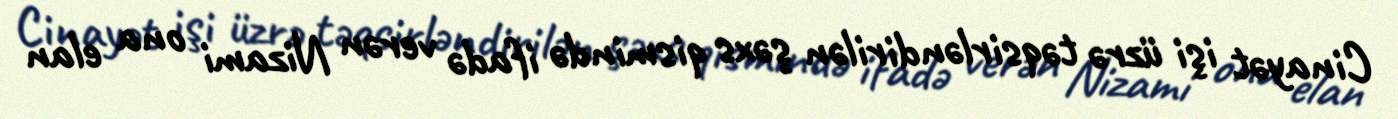
Cinayət işi üzrə təqsirləndirilən şəxs qismində ifadə verən Nizami ona elan